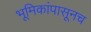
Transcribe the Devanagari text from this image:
भूमिकांपासूनच